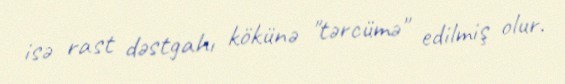
isə rast dəstgahı kökünə "tərcümə" edilmiş olur.